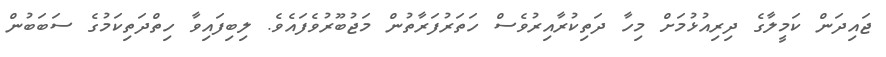
ޖައިދަން ކަމީލާގެ ދިރިއުޅުމަށް މިހާ ދަތިކުރާއިރުވެސް ހަތަރުފަރާތުން މަޖުބޫރުވެފައެވެ. ލިބިފައިވާ ހިތްދަތިކަމުގެ ސަބަބުން